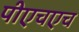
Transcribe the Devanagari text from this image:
पीएचएच